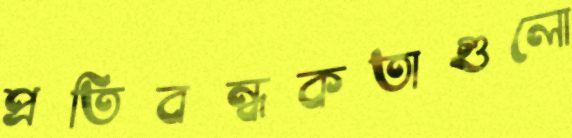
প্রতিবন্ধকতাগুলো